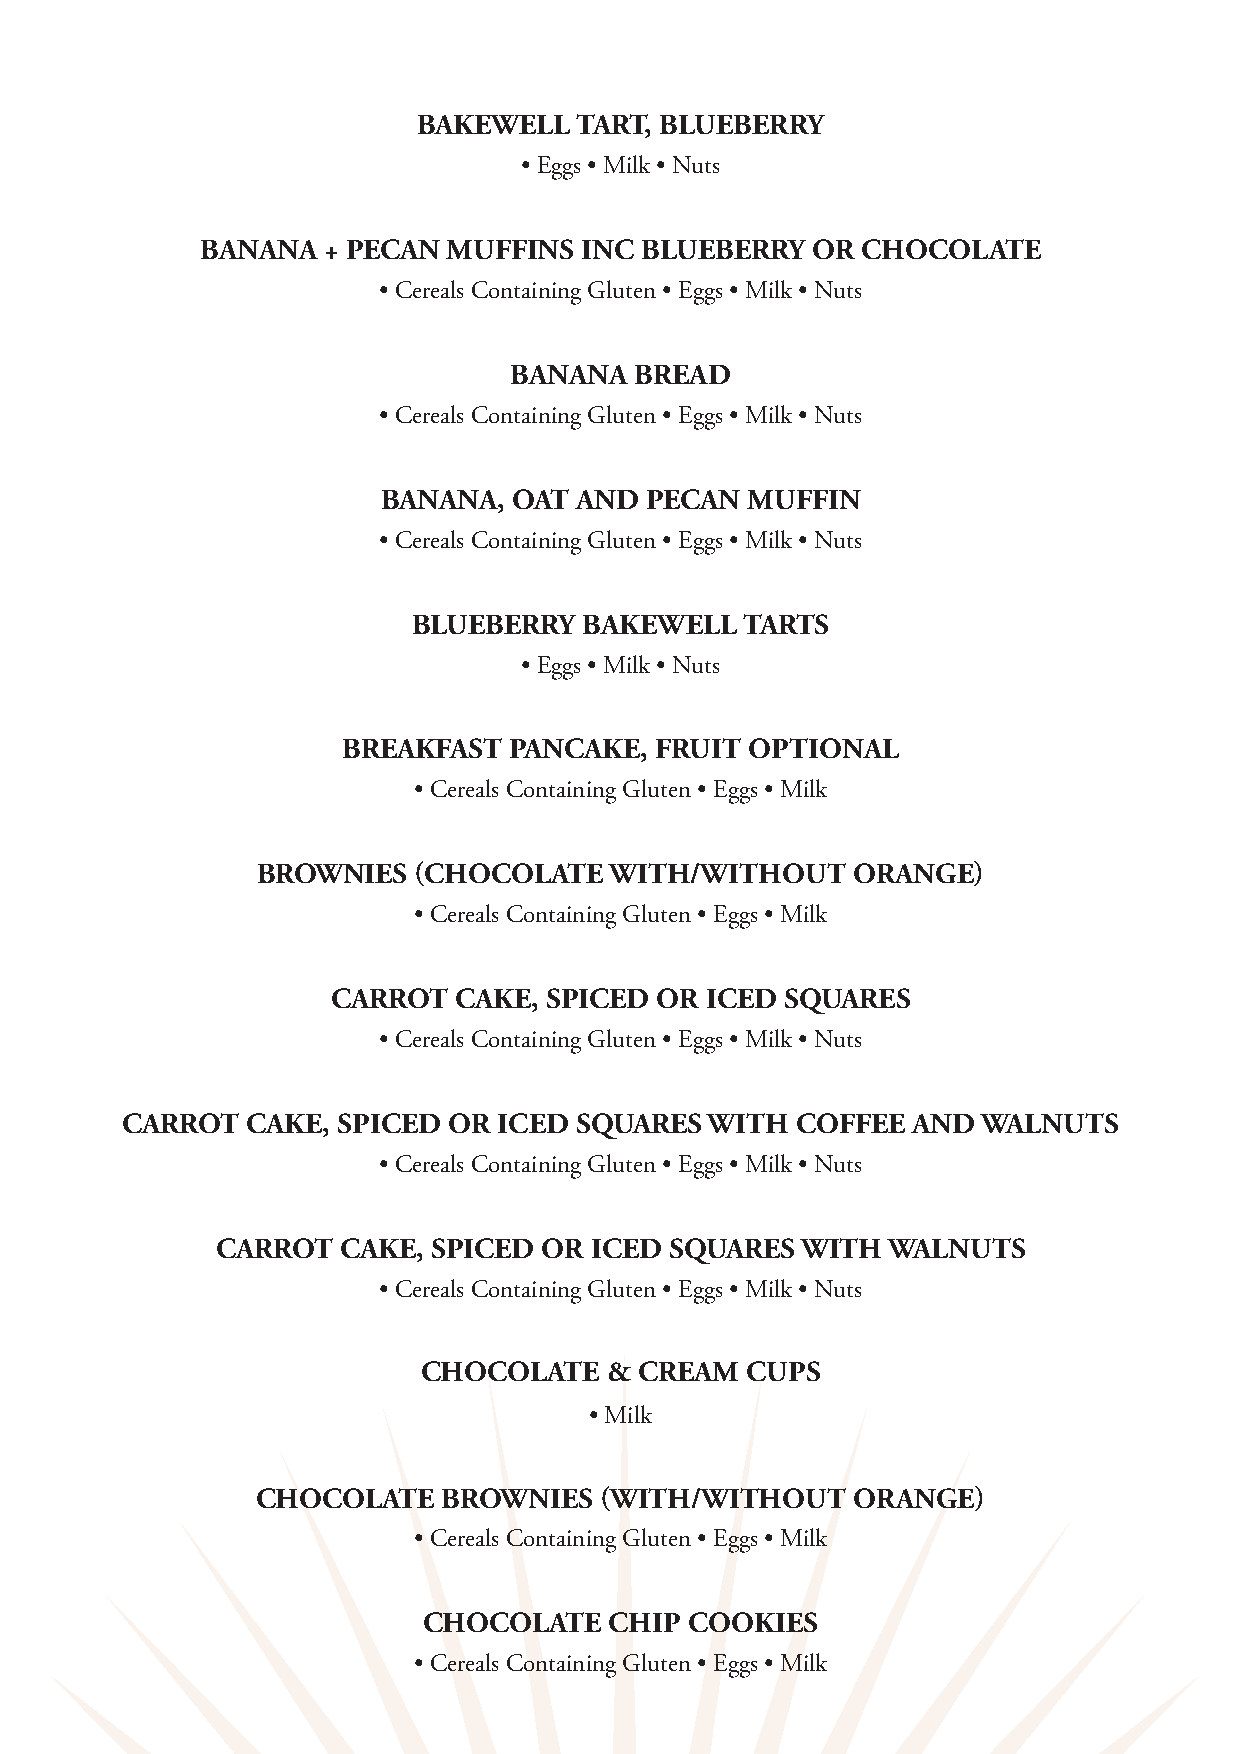
BAKEWELL  TART, BLUEBERRY
 • Eggs • Milk • Nuts
 BANANA  + PECAN  MUFFINS  INC BLUEBERRY  OR CHOCOLATE
 • Cereals Containing Gluten • Eggs • Milk • Nuts
 BANANA  BREAD
 • Cereals Containing Gluten • Eggs • Milk • Nuts
 BANANA,  OAT AND  PECAN MUFFIN
 • Cereals Containing Gluten • Eggs • Milk • Nuts
 BLUEBERRY   BAKEWELL  TARTS
 • Eggs • Milk • Nuts
 BREAKFAST  PANCAKE, FRUIT  OPTIONAL
 • Cereals Containing Gluten • Eggs • Milk
 BROWNIES  (CHOCOLATE   WITH/WITHOUT    ORANGE)
 • Cereals Containing Gluten • Eggs • Milk
 CARROT  CAKE, SPICED OR  ICED SQUARES
 • Cereals Containing Gluten • Eggs • Milk • Nuts
 CARROT  CAKE, SPICED  OR ICED SQUARES  WITH  COFFEE AND  WALNUTS
 • Cereals Containing Gluten • Eggs • Milk • Nuts
 CARROT  CAKE,  SPICED OR ICED SQUARES  WITH  WALNUTS
 • Cereals Containing Gluten • Eggs • Milk • Nuts
 CHOCOLATE   & CREAM  CUPS
 • Milk
 CHOCOLATE   BROWNIES   (WITH/WITHOUT   ORANGE)
 • Cereals Containing Gluten • Eggs • Milk
 CHOCOLATE   CHIP  COOKIES
 • Cereals Containing Gluten • Eggs • Milk